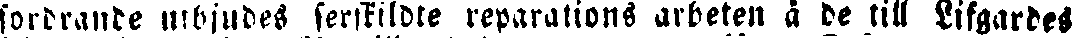
fordrande utbjudes serskildte reparations arbeten å de till Lifgardes